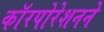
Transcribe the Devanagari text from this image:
काॅरपोरेशनने